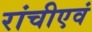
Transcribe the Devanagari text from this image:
रांचीएवं